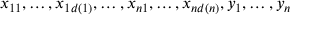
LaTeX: x _ { 1 1 } , \dots , x _ { 1 d ( 1 ) } , \dots , x _ { n 1 } , \dots , x _ { n d ( n ) } , y _ { 1 } , \dots , y _ { n }